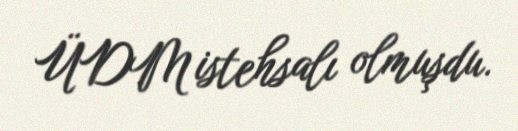
ÜDM istehsalı olmuşdu.